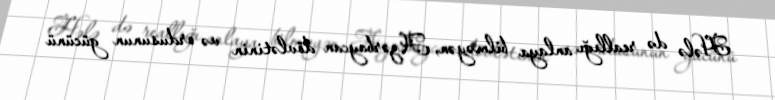
Hələ də reallığı anlaya bilməyən, Azərbaycan dövlətinin və ordusunun gücünü